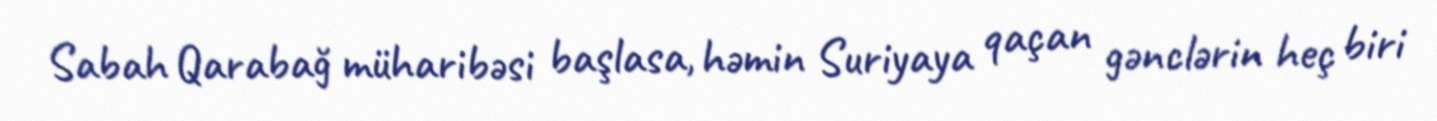
Sabah Qarabağ müharibəsi başlasa, həmin Suriyaya qaçan gənclərin heç biri